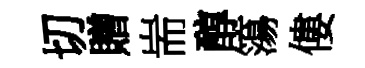
切贈耑醇簜僂